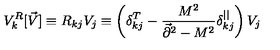
V _ { k } ^ { R } [ \vec { V } ] \equiv R _ { k j } V _ { j } \equiv \left( \delta _ { k j } ^ { T } - { \frac { M ^ { 2 } } { \vec { \partial } ^ { 2 } - M ^ { 2 } } } \delta _ { k j } ^ { | | } \right) V _ { j }